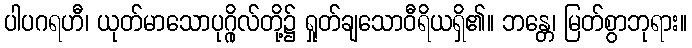
ပါပဂရဟီ၊ ယုတ်မာသောပုဂ္ဂိုလ်တို့၌ ရှုတ်ချသောဝီရိယရှိ၏။ ဘန္တေ၊ မြတ်စွာဘုရား။